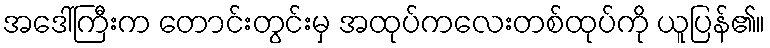
အဒေါ်ကြီးက တောင်းတွင်းမှ အထုပ်ကလေးတစ်ထုပ်ကို ယူပြန်၏။